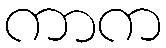
ကာက